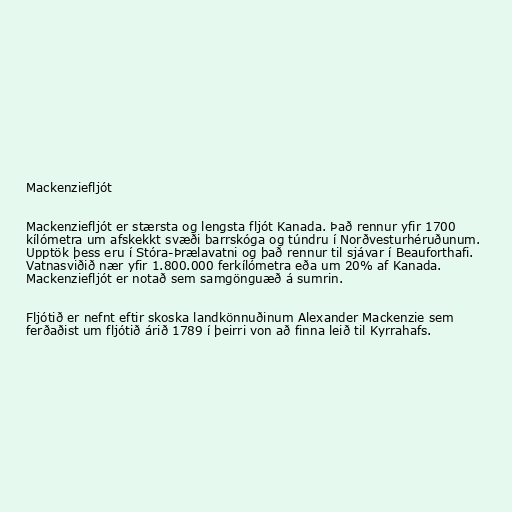
Mackenziefljót

Mackenziefljót er stærsta og lengsta fljót Kanada. Það rennur yfir 1700
kílómetra um afskekkt svæði barrskóga og túndru í Norðvesturhéruðunum.
Upptök þess eru í Stóra-Þrælavatni og það rennur til sjávar í Beauforthafi.
Vatnasviðið nær yfir 1.800.000 ferkílómetra eða um 20% af Kanada.
Mackenziefljót er notað sem samgönguæð á sumrin.

Fljótið er nefnt eftir skoska landkönnuðinum Alexander Mackenzie sem
ferðaðist um fljótið árið 1789 í þeirri von að finna leið til Kyrrahafs.